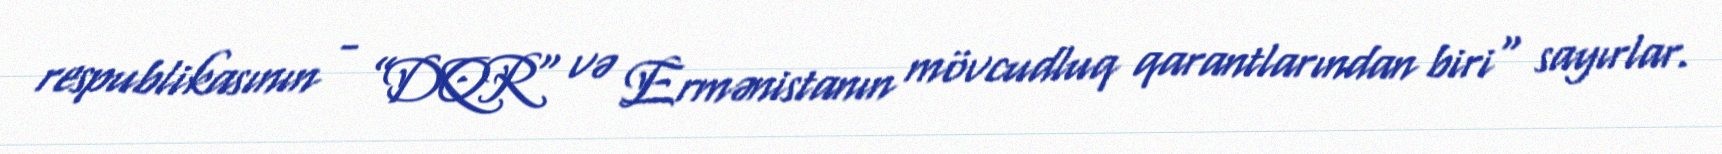
respublikasının - ”DQR" və Ermənistanın mövcudluq qarantlarından biri" sayırlar.